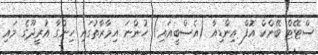
ސްޓޭޓް ބޭންކް އޮފް އިންޑިއާ (އެސްބީއައި) ހުންނަ އިމާރާތުގައި ހިންގާ އުރީދޫގެ މައި